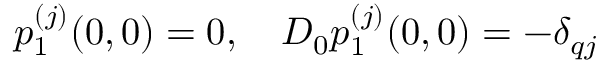
\begin{array} { r } { p _ { 1 } ^ { ( j ) } ( 0 , 0 ) = 0 , \quad D _ { 0 } p _ { 1 } ^ { ( j ) } ( 0 , 0 ) = - \delta _ { q j } } \end{array}